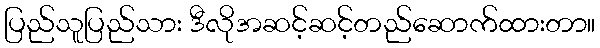
ပြည်သူပြည်သား ဒီလိုအဆင့်ဆင့်တည်ဆောက်ထားတာ။